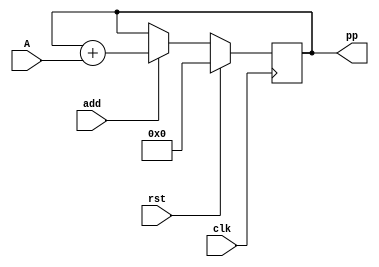
module acc (clk , A, add, rst, pp);
  input clk;
  input [31:0] A;
  input add;
  input rst; 
  output reg [31:0] pp;

initial pp = 0;

always @(negedge clk)
  if (rst) 
   pp = 32'h00000000;
  else
     begin
      if (add) pp = pp + A;
      else pp = pp;
     end
endmodule